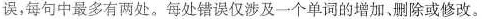
误,每句中最多有两处.每处错误仅涉及一个单词的增加、删除或修改。